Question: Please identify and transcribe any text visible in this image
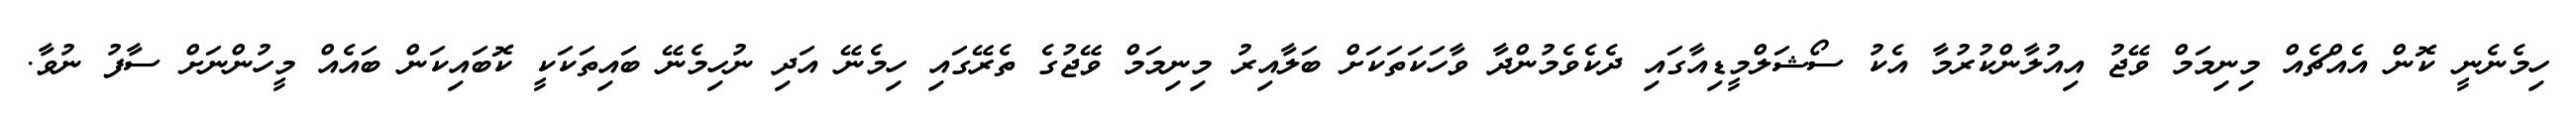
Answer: ހިމެނެނީ ކޮން އެއްޗެއް މިނިމަމް ވޭޖު އިއުލާންކުރުމާ އެކު ސޯޝަލްމީޑިއާގައި ދެކެވެމުންދާ ވާހަކަތަކަށް ބަލާއިރު މިނިމަމް ވޭޖުގެ ތެރޭގައި ހިމެނޭ އަދި ނުހިމެނޭ ބައިތަކަކީ ކޮބައިކަން ބައެއް މީހުންނަށް ސާފު ނުވާ.